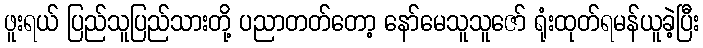
ဖူးရယ် ပြည်သူပြည်သားတို့ ပညာတတ်တော့ နော်မေသူသူဇော် ရုံးထုတ်ရမန်ယူခဲ့ပြီး